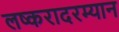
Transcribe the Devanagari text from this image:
लष्करादरम्यान